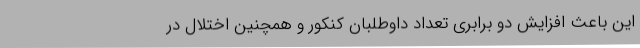
این باعث افزایش دو برابری تعداد داوطلبان کنکور و همچنین اختلال در